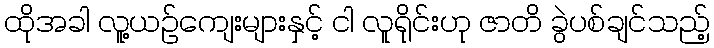
ထိုအခါ လူ့ယဉ်ကျေးများနှင့် ငါ လူရိုင်းဟု ဇာတိ ခွဲပစ်ချင်သည့်